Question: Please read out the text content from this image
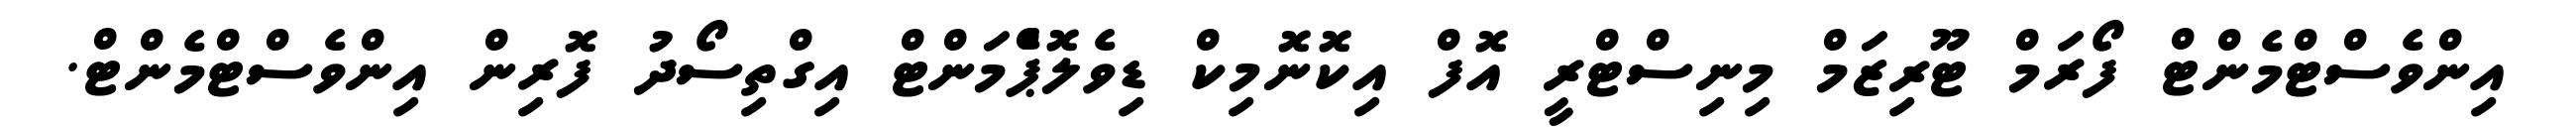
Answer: އިންވެސްޓްމެންޓް ފޯރަމް ޓޫރިޒަމް މިނިސްޓްރީ އޮފް އިކޮނޮމިކް ޑިވެލޮޕްެމަންޓް އިގްތިސޯދު ފޮރިން އިންވެސްޓްމެންޓް.